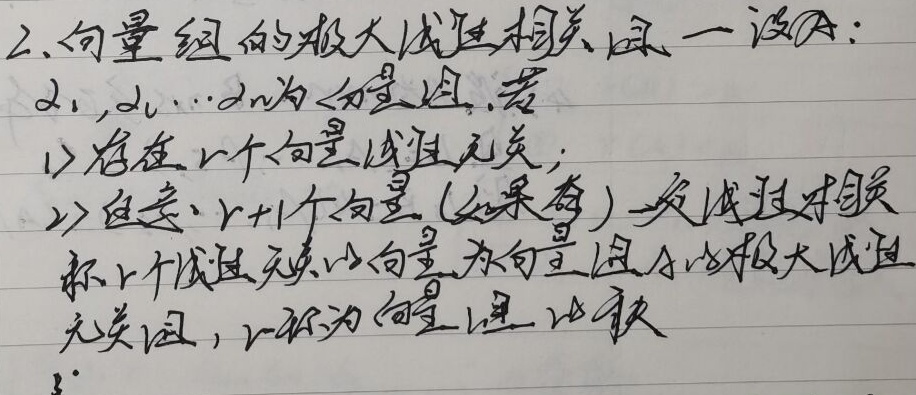
2. 向量组的极大线性相关
一般地，$\alpha_{1},\alpha_{2},\cdots,\alpha_{n}$为向量组，若：
1) 存在$r$个向量线性无关；
2) 任意$r + 1$个向量（如果有）必线性相关。
称这$r$个线性无关的向量为向量组的极大线性无关组，$r$称为向量组的秩。